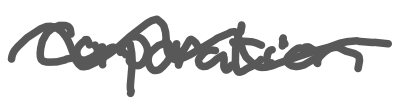
Text: corporation
Cross-out: wave
Writing tool: digital_gray